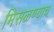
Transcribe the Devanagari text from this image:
मिसळण्याचं